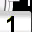
Digit: 1